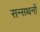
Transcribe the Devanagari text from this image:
सन्सथनों